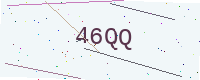
Text: 46QQ